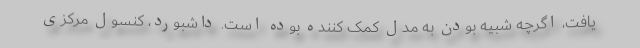
یافت، اگرچه شبیه بودن به مدل کمک کننده بوده است. داشبورد، کنسول مرکزی